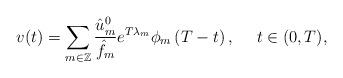
LaTeX: \begin{align*} v(t)=\sum_{m\in\mathbb{Z}}\frac{\hat{u}_{m}^{0}}{\hat{f}_m}e^{T\lambda_m}\phi_m\left(T-t\right),\ \ \ \ t\in(0,T),\end{align*}